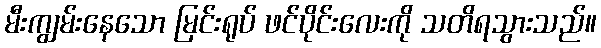
မီးကျွမ်းနေသော မြင်းရုပ် ဖင်ပိုင်းလေးကို သတိရသွားသည်။